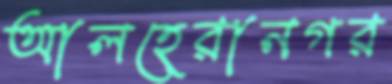
আলহেরানগর